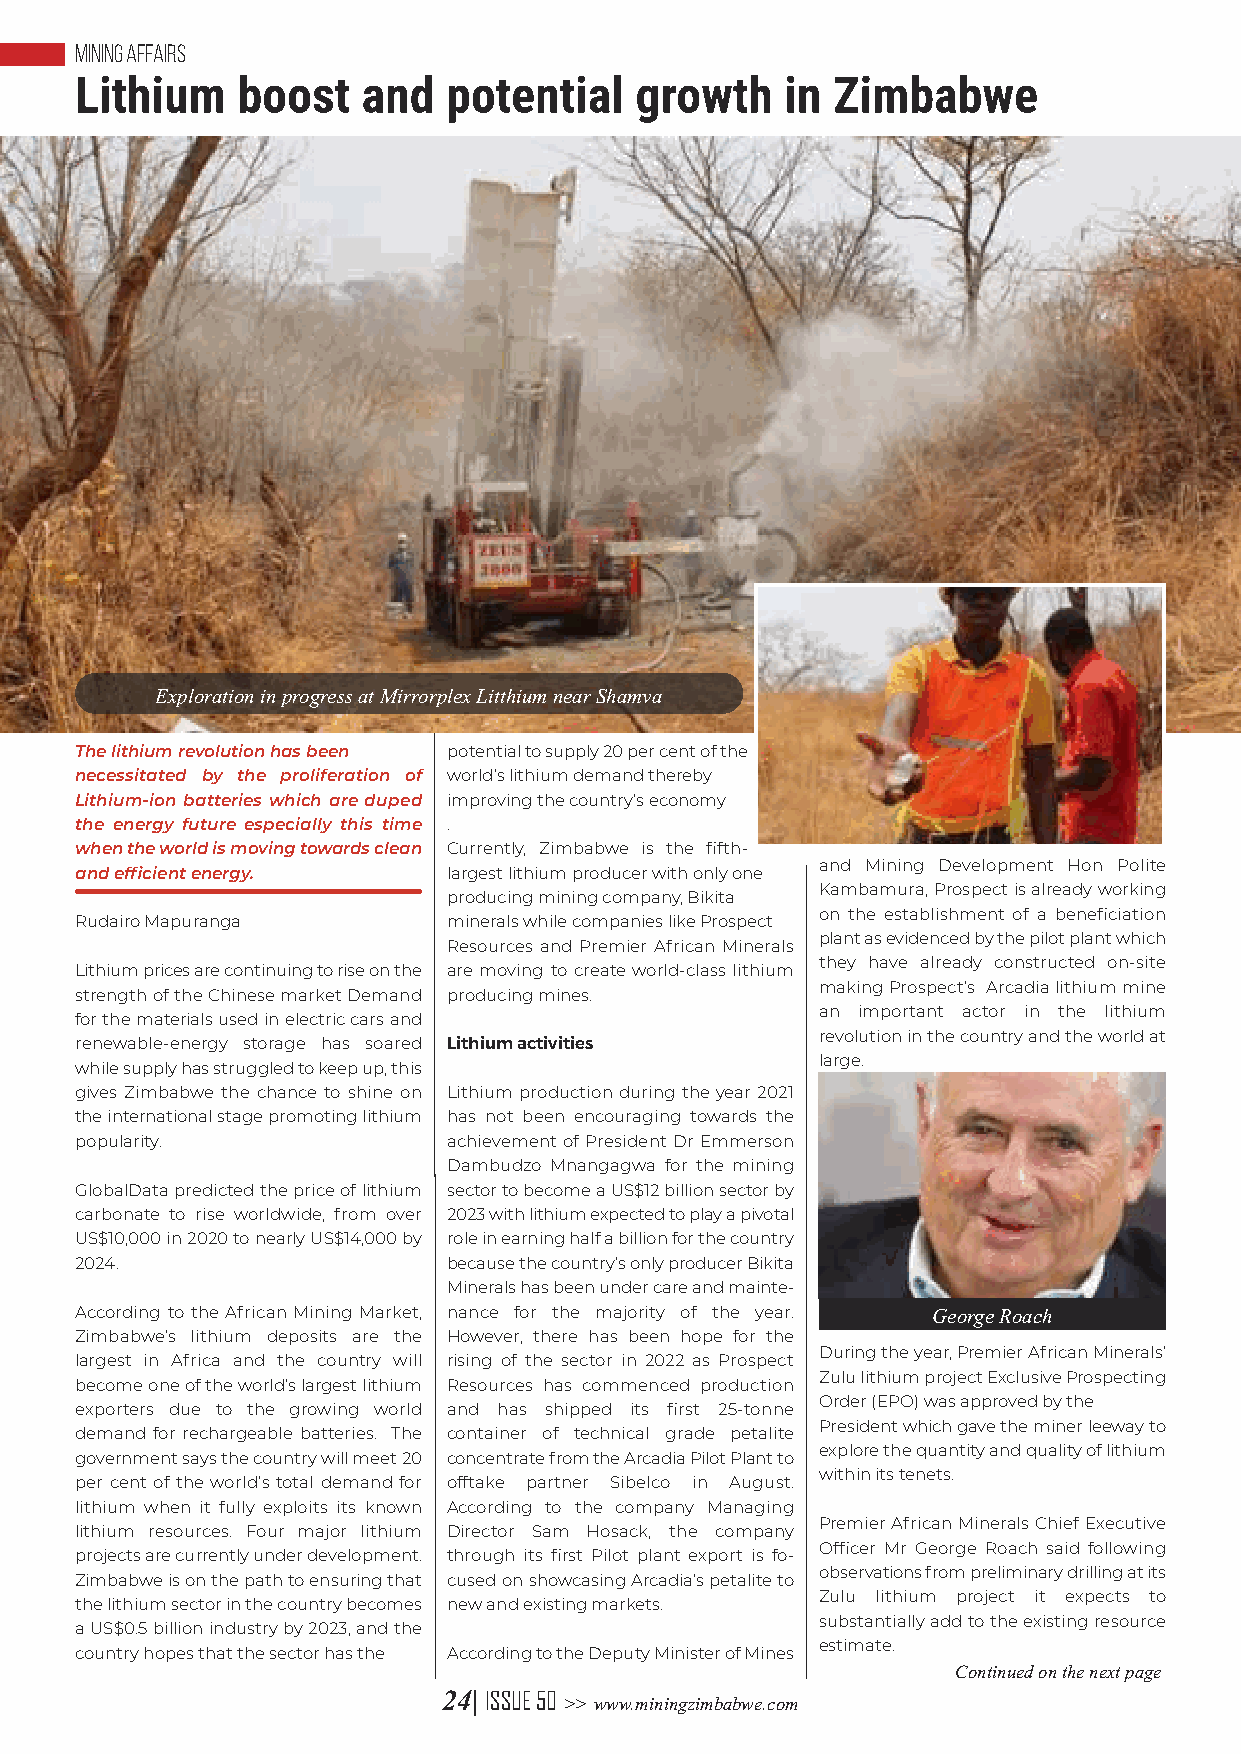
MINING AFFAIRS
 Lithium    boost   and   potential   growth    in Zimbabwe
 Exploration in progress at Mirrorplex Litthium near Shamva
 The lithium revolution has been potential to supply 20 per cent of the
 necessitated by the proliferation of world’s lithium demand thereby
 Lithium-ion batteries which are duped improving the country’s economy
 the energy future especially this time .
 when the world is moving towards clean Currently, Zimbabwe is the fifth-
 and Mining Development Hon Polite
 and efficient energy.    largest lithium producer with only one
 Kambamura, Prospect is already working
 producing mining company, Bikita
 on the establishment of a beneficiation
 Rudairo Mapuranga        minerals while companies like Prospect
 plant as evidenced by the pilot plant which
 Resources and Premier African Minerals
 they have already constructed on-site
 Lithium prices are continuing to rise on the are moving to create world-class lithium
 making Prospect’s Arcadia lithium mine
 strength of the Chinese market Demand producing mines.
 an important actor in the lithium
 for the materials used in electric cars and
 revolution in the country and the world at
 renewable-energy storage has soared Lithium activities
 large.
 while supply has struggled to keep up, this
 gives Zimbabwe the chance to shine on Lithium production during the year 2021
 the international stage promoting lithium has not been encouraging towards the
 popularity.              achievement of President Dr Emmerson
 Dambudzo Mnangagwa for the mining
 GlobalData predicted the price of lithium sector to become a US$12 billion sector by
 carbonate to rise worldwide, from over 2023 with lithium expected to play a pivotal
 US$10,000 in 2020 to nearly US$14,000 by role in earning half a billion for the country
 2024.                    because the country’s only producer Bikita
 Minerals has been under care and mainte-
 According to the African Mining Market, nance for the majority of the year. George Roach
 Zimbabwe’s lithium deposits are the However, there has been hope for the
 During the year, Premier African Minerals’
 largest in Africa and the country will rising of the sector in 2022 as Prospect
 Zulu lithium project Exclusive Prospecting
 become one of the world’s largest lithium Resources has commenced production
 Order (EPO) was approved by the
 exporters due to the growing world and has shipped its first 25-tonne
 President which gave the miner leeway to
 demand for rechargeable batteries. The container of technical grade petalite
 explore the quantity and quality of lithium
 government says the country will meet 20 concentrate from the Arcadia Pilot Plant to
 within its tenets.
 per cent of the world’s total demand for offtake partner Sibelco in August.
 lithium when it fully exploits its known According to the company Managing
 Premier African Minerals Chief Executive
 lithium resources. Four major lithium Director Sam Hosack, the company
 Officer Mr George Roach said following
 projects are currently under development. through its first Pilot plant export is fo-
 observations from preliminary drilling at its
 Zimbabwe is on the path to ensuring that cused on showcasing Arcadia’s petalite to
 Zulu lithium project it expects to
 the lithium sector in the country becomes new and existing markets.
 substantially add to the existing resource
 a US$0.5 billion industry by 2023, and the
 estimate.
 country hopes that the sector has the According to the Deputy Minister of Mines
 Continued on the next page
 24| ISSUE 50
 >> www.miningzimbabwe.com